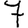
Digit: 7